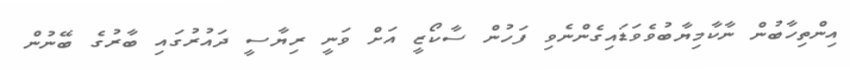
އިންތިހާބުން ނާކާމިޔާބުވެވަަޑައިގެންނެވި ފަހުން ސާކޯޒީ އަށް ވަނީ ރިޔާސީ ދައުރުގައި ބާރުގެ ބޭނުން